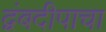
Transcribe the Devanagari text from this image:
द्वंबदीपाचा